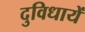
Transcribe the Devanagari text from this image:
दुविधायें